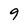
Character: 9